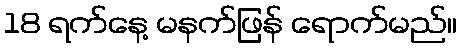
18 ရက်နေ့ မနက်ဖြန် ရောက်မည်။